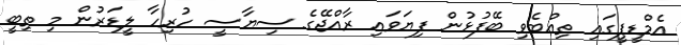
އެމްޑީޕީގައި ތިއްބެވި ބޭފުޅުން ފިޔަވައި ރާއްޖޭގެ ސިޔާސީ ހުރިހާ ލީޑަރުން މި ތިބީ